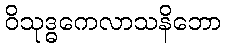
ဝိသုဒ္ဓကေလာသနိဘော